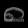
Digit: ၈